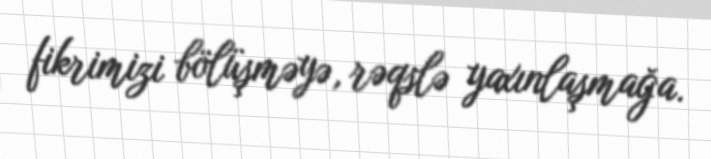
fikrimizi bölüşməyə, rəqslə yaxınlaşmağa.